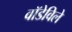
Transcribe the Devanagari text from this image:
वॉडेविले